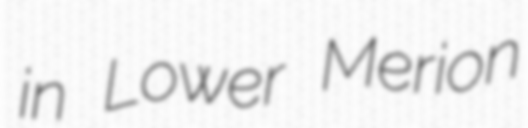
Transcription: in Lower Merion